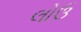
લોઉ